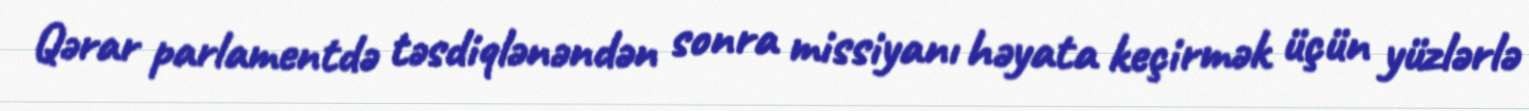
Qərar parlamentdə təsdiqlənəndən sonra missiyanı həyata keçirmək üçün yüzlərlə